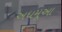
અધમૂઆ